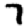
Digit: 7